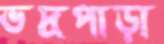
ভদ্রপাড়া